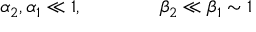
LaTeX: \alpha _ { 2 } , \/ \alpha _ { 1 } \ll 1 , \qquad \qquad \beta _ { 2 } \ll \beta _ { 1 } \sim 1